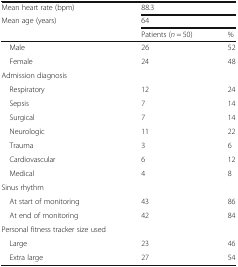
<table><thead><tr><td><b>Mean heart rate (bpm)</b></td><td colspan="2"><b>88.3</b></td></tr><tr><td><b>Mean age (years)</b></td><td colspan="2"><b>64</b></td></tr><tr><td></td><td><b>Patients (<i>n</i> = 50)</b></td><td><b>%</b></td></tr></thead><tbody><tr><td> Male</td><td>26</td><td>52</td></tr><tr><td> Female</td><td>24</td><td>48</td></tr><tr><td>Admission diagnosis</td><td colspan="2"></td></tr><tr><td> Respiratory</td><td>12</td><td>24</td></tr><tr><td> Sepsis</td><td>7</td><td>14</td></tr><tr><td> Surgical</td><td>7</td><td>14</td></tr><tr><td> Neurologic</td><td>11</td><td>22</td></tr><tr><td> Trauma</td><td>3</td><td>6</td></tr><tr><td> Cardiovascular</td><td>6</td><td>12</td></tr><tr><td> Medical</td><td>4</td><td>8</td></tr><tr><td>Sinus rhythm</td><td colspan="2"></td></tr><tr><td> At start of monitoring</td><td>43</td><td>86</td></tr><tr><td> At end of monitoring</td><td>42</td><td>84</td></tr><tr><td>Personal fitness tracker size used</td><td colspan="2"></td></tr><tr><td> Large</td><td>23</td><td>46</td></tr><tr><td> Extra large</td><td>27</td><td>54</td></tr></tbody></table>